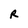
Character: R